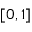
[ 0 , 1 ]